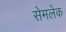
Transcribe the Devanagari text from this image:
सेमलेक